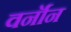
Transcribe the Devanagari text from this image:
वर्नॉन